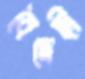
বৈদেহী